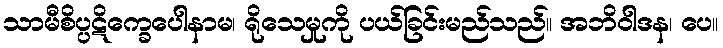
သာမီစိပ္ပဋိက္ခေပေါနာမ၊ ရိုသေမှုကို ပယ်ခြင်းမည်သည်။ အဘိဝါဒန၊ ပေ။